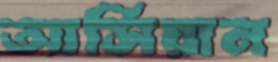
আর্সিয়ান